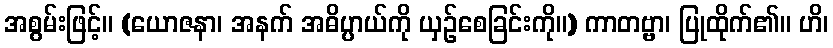
အစွမ်းဖြင့်။ (ယောဇနာ၊ အနက် အဓိပ္ပာယ်ကို ယှဉ်စေခြင်းကို။) ကာတဗ္ဗာ၊ ပြုထိုက်၏။ ဟိ၊